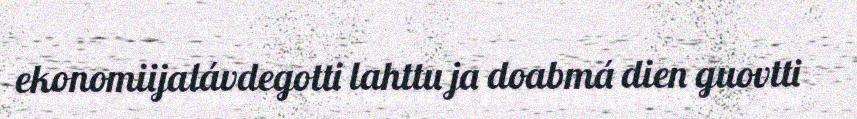
ekonomiijalávdegotti lahttu ja doabmá dien guovtti